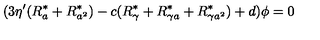
( 3 \eta ^ { \prime } ( R _ { a } ^ { \ast } + R _ { a ^ { 2 } } ^ { \ast } ) - c ( R _ { \gamma } ^ { \ast } + R _ { \gamma a } ^ { \ast } + R _ { \gamma a ^ { 2 } } ^ { \ast } ) + d ) \phi = 0